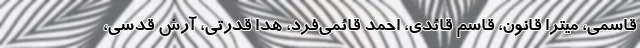
قاسمی، میترا قانون، قاسم قائدی، احمد قائمی‌فرد، هدا قدرتی، آرش قدسی،